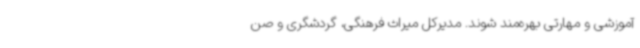
آموزشی و مهارتی بهره‌مند شوند. مدیرکل میراث ‌فرهنگی، گردشگری و صن